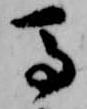
馬